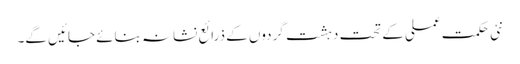
نئی حکمت عملی کے تحت دہشت گردوں کے ذرائع نشانہ بنائے جائیں گے۔